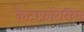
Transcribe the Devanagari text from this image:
कैटाफ़ोरेसिस